Medical and sanitary report of the native army of Bengal for the year
Year: 1876
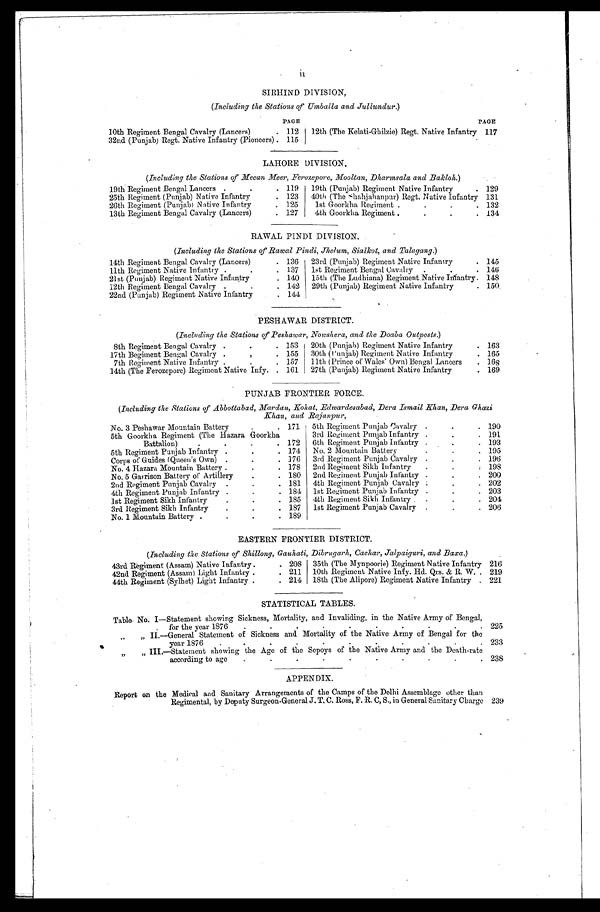
II
SIRHIND DIVISION,
(Including the Stations of Umballa and Jullundur.)
PAGE
PAGE
10th Regiment Bengal Cavalry (Lancers)
.
112
12th (The Kelati-Ghilzie) Regt. Native Infantry
117
32nd (Punjab) Regt. Native Infantry (Pioneers) .
115
LAHORE DIVISION.
(Including the Stations of Meean Meer, Ferozepore, Mooltan, Dharmsala and Bakloh.)
19th Regiment Bengal Lancers
.
. 119
19th (Punjab) Regiment Native Infantry
.
129
25th Regiment (Punjab) Native Infantry
.
123
40th (The shahjahanpur) Regt. Native Infantry
131
26th Regiment (Punjab) Native Infantry
.
125
1st Goorkha Regiment ..
.
.
132
13th Regiment Bengal Cavalry (Lancers)
.
127
4th Goorkha Regiment ..
.
.
134
RAWAL PINDI DIVISION.
(Including the Stations of Rawal Pindi, Jhelum, Sialkot, and Talagang.)
14th Regiment Bengal Cavalry (Lancers)
.
136
23rd (Punjab) Regiment Native Infantry
.
145
11th Regiment Native Infantry.
.
.
137
1st Regiment Bengal Cavalry
.
.
.
146
21st (Punjab) Regiment Native Infantry
.
140
15th (The Ludhiana) Regiment Native Infantry.
148
12th Regiment Bengal Cavalry
.
.
.
142
29th (Punjab) Regiment Native Infantry
.
150
22nd (Punjab) Regiment Native Infantry
.
144
PESHAWAR DISTRICT.
(Including the Stations of Peshawar, Nowshera, and the Doaba Outposts.)
8th Regiment Bengal Cavalry .
.
.
153
20th (Punjab) Regiment Native Infantry
.
163
17th Begiment Bengal Cavalry .
,
.
155
30th ( Punjab) Regiment Native Infantry
.
165
7th Regiment Native Infantry
.
.
157
11th (Prince of Wales' Own) Bengal Lancers
.
168
14th (The Ferozepore) Regiment Native Infy.
.
161
27th (Punjab) Regiment Native Infantry
.
169
PUNJAB FRONTIER FORCE.
(Including the Stations of Abbottabad, Mardan, Kohat, Edwardesabad, Dera Ismail Khan, Dora Ghazi
Khan, and Rajanpur,
No. 3 Peshawar Mountain Battery
.
.
171
5th Regiment Punjab Gavalry
.
.
.
190
5th Goorkha Regiment (The Hazara Goorkha
3rd Regiment Punjab Infantry .
.
.
191
Battalion)
.
.
172
6th Regiment Punjab Infantry .
.
.
193
5th Regiment Punjab Infantry .
.
.
174
No, 2 Mountain Battery
.
.
195
Corps of Guides (Queen's Own)
.
.
.
376
3rd Regiment Punjab Cavalry
.
.
.
196
No. 4 Hazara Mountain Battery .
.
.
178
2nd Regiment Sikh Infantry
.
.
:
198
No. 5 Garrison Battery of Artillery
.
.
180
2nd Regiment Punjab Infantry .
.
.
200
2nd Regiment Punjab Cavalry
.
.
.
181
4th Regiment Punjab Cavalry :
.
.
202
4th Regiment Punjab Infantry .
.
.
184
1st Regiment Punjab Infantry .
.
.
203
1st Regiment Sikh Infantry
.
.
.
185
4th Regiment Sikh Infantry ,
.
.
.
204
3rd Regiment Sikh Infantry
.
.
.
187
1st Regiment Punjab Cavalry
.
.
. 206
No. 1 Mountain Battery .
.
.
.
189
EASTERN FRONTIER DISTRICT.
(Including the Stations of Shillong, Gauhati, Dibrugarh, Cachar, Jalpaiguri, and Baxa.)
43rd Regiment (Assam) Native Infantry .
. 208
35th (The Mynpoorie) Regiment Native Infantry
216
42nd Regiment (Assam) Light Infantry .
.
211
10th Regiment Native Infy. Hd. Qrs. & R. W. .
219
44th Regiment (Sylhet) Light Infantry .
. 214
18th (The Alipore) Regiment Native Infantry
.
221
STATISTICAL TABLES.
Table No. I—Statement showing Sickness, Mortality, and Invaliding, in the Native Army of Bengal,
for the year 1876
.. .
. . .
.
.
225
„
„ II.—General Statement of Sickness and Mortality of the Native Army of Bengal for the
.
.
.
.
.
. . . .
year 1876
..
2 3 3
„
„ III.—Statement showing the Age of the Sepoys of the Native Army and the Death-rate
.
.
.
.
.
.
.
.
according to age
..
238
APPENDIX.
Report on the Medical and Sanitary Arrangements of the Camps of the Delhi Assemblage other than
Regimental, by Deputy Surgeon-General J . T. C. Ross, F. R. C, S., in General Sanitary Charge 239